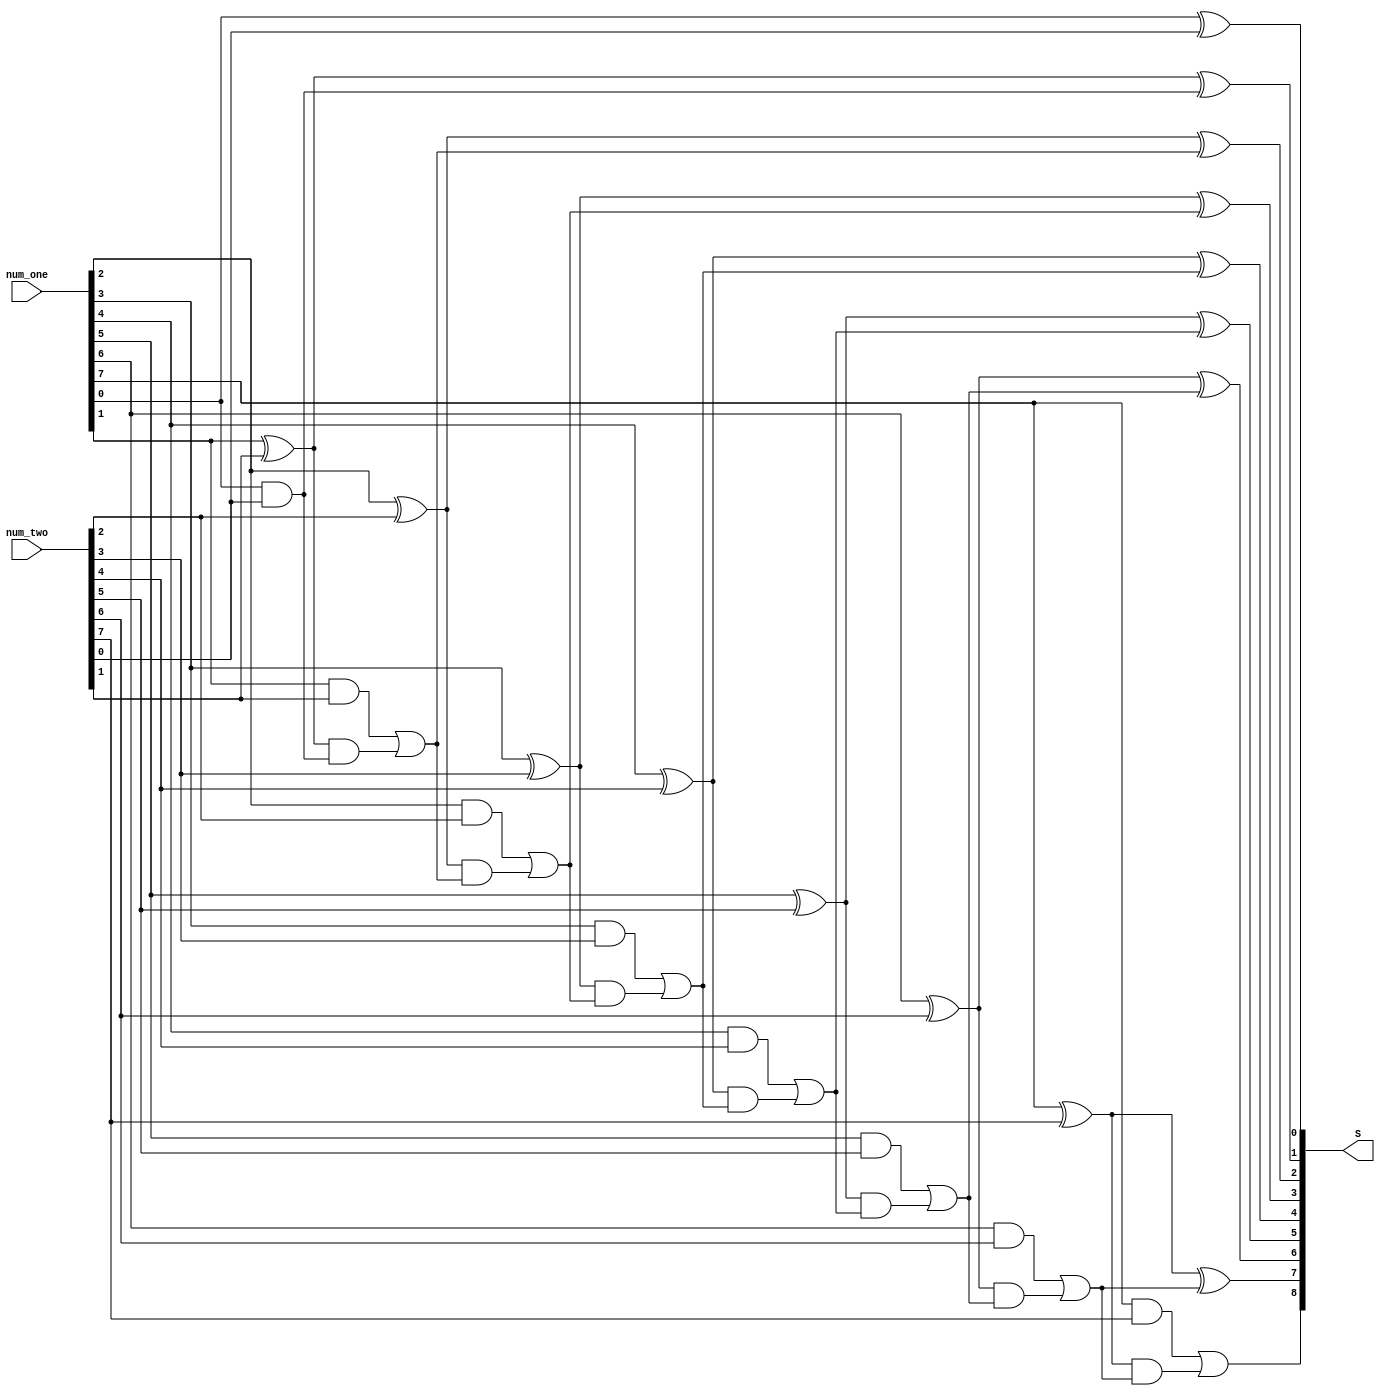
module nbit_CLA_full_adder (num_one, num_two, S);
  parameter integer BIT_NUMBER = 8;

  input [BIT_NUMBER-1 : 0] num_one;
  input [BIT_NUMBER-1 : 0] num_two;
  output [BIT_NUMBER : 0] S;

  reg [BIT_NUMBER : 0] Cins;
  reg [BIT_NUMBER-1 : 0] generates, propagates;
  reg [BIT_NUMBER-1 : 0] sum;

  integer i,j;
  reg cout;

  always @( * ) begin
  // $display("%b",num_one);
  // $display("%b",num_two);
  // $display("%b",S);

    Cins =0;
    generates =0;
    propagates =0;
    sum =0;

    for ( i=0 ; i<BIT_NUMBER ; i=i+1) begin
      generates[i] = num_one[i] & num_two[i];
      propagates[i] = num_one[i] ^ num_two[i];
      Cins[i+1] = generates[i] | propagates[i] & Cins[i];
    end

    for ( j=0 ; j<BIT_NUMBER ; j=j+1) begin
      sum[j] = num_one[j] ^ num_two[j] ^ Cins[j];
      cout = (num_one[j] & num_two[j]) | (num_one[j] ^ num_two[j]) & Cins[j];
    end
    // $display("MONITOR --> time %t, f: %b, sec: %b, res: %b", $time, num_one, num_two, {Cins[BIT_NUMBER], sum});
    // $display("S = %b", S);
  end

  assign S = {Cins[BIT_NUMBER], sum};
endmodule // nbit_full_addeX,Y,cin,s,coutr